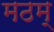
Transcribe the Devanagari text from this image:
मठम्